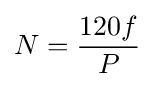
N={\frac {120f}{P}}